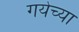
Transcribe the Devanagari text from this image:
गयेच्या